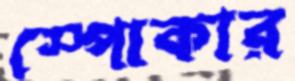
স্পোকার